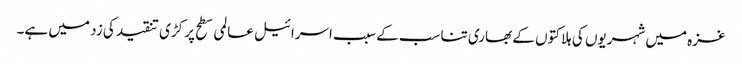
غزہ میں شہریوں کی ہلاکتوں کے بھاری تناسب کے سبب اسرائیل عالمی سطح پر کڑی تنقید کی زد میں ہے۔